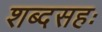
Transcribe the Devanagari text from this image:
शब्दसहः